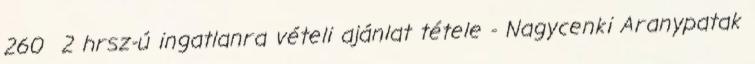
260 2 hrsz-ú ingatlanra vételi ajánlat tétele - Nagycenki Aranypatak